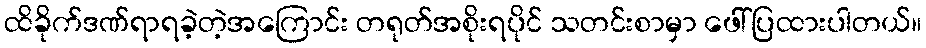
ထိခိုက်ဒဏ်ရာရခဲ့တဲ့အကြောင်း တရုတ်အစိုးရပိုင် သတင်းစာမှာ ဖေါ်ပြထားပါတယ်။